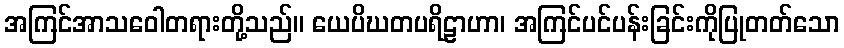
အကြင်အာသဝေါတရားတို့သည်။ ယေပိဃတပရိဠာဟာ၊ အကြင်ပင်ပန်းခြင်းကိုပြုတတ်သော